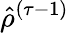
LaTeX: {\hat{\rho}}^{(\tau-1)}